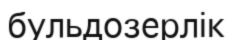
бульдозерлік